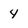
Character: 4